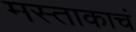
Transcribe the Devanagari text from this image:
मस्ताकाचं